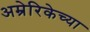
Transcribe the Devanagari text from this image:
अम्रेरिकेच्या